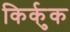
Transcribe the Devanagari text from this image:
किर्कुक